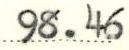
98.46